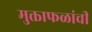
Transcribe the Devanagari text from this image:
मुक्ताफळांची